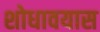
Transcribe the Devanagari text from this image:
शोधावयास